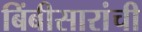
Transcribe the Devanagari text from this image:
बिंबीसारांची